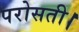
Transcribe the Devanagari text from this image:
परोसती।